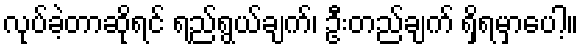
လုပ်ခဲ့တာဆိုရင် ရည်ရွယ်ချက်၊ ဦးတည်ချက် ရှိရမှာပေါ့။